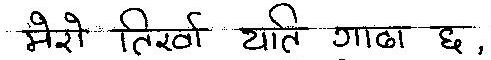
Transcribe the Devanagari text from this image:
मेरो तिखी याति गाढा छ,